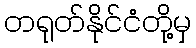
တရုတ်နိုင်ငံတို့မှ